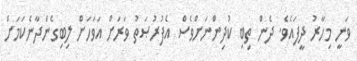
ވަނީ މިހާރު ދީފައެވެ. ދެން ތިބި ކުދިންނަށްވެސް އެފުރުޞަތު ވަރަށް އަވަހަށް ލިބިގެންދާނެކަމަށް